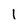
Character: 1